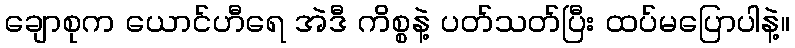
ချောစုက ယောင်ဟီရေ အဲဒီ ကိစ္စနဲ့ ပတ်သတ်ပြီး ထပ်မပြောပါနဲ့။